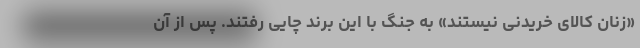
«زنان کالای خریدنی نیستند» به جنگ با این برند چایی رفتند. پس از آن